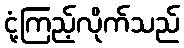
ငုံ့ကြည့်လိုက်သည်